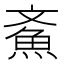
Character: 𩵳